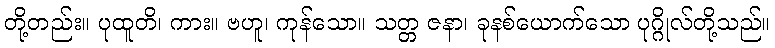
တို့တည်း။ ပုထူတိ၊ ကား။ ဗဟူ၊ ကုန်သော။ သတ္တ ဇနာ၊ ခုနစ်ယောက်သော ပုဂ္ဂိုလ်တို့သည်။